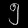
Digit: ၅